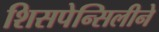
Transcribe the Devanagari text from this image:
शिसपेन्सिलीने